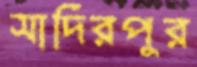
সাদিরপুর